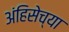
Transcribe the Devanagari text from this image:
अंहिसेच्या